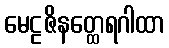
မေဠဇိနတ္ထေရဂါထာ